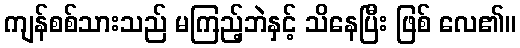
ကျန်စစ်သားသည် မကြည့်ဘဲနှင့် သိနေပြီး ဖြစ် လေ၏။